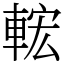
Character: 𨌆